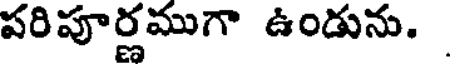
పరిపూర్ణముగా ఉండును.